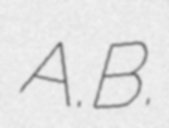
A.B.